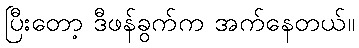
ပြီးတော့ ဒီဖန်ခွက်က အက်နေတယ်။